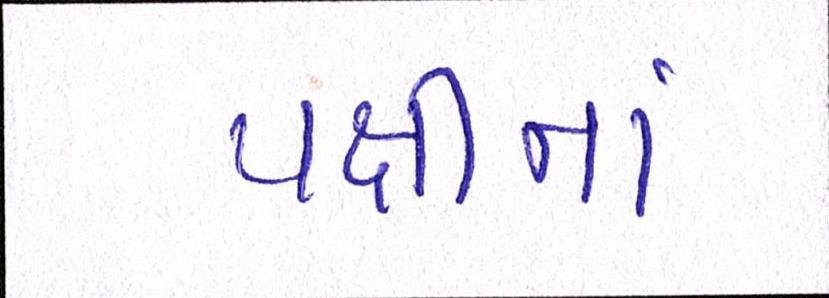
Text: પક્ષીનાં